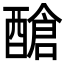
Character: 䤌